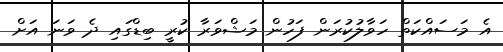
އެ މަސައްކަތް ހަވާލުކުރަން ފަހުން މަޝްވަރާ ކުރީ ބިޑްގައި ދެ ވަނަ އަށް